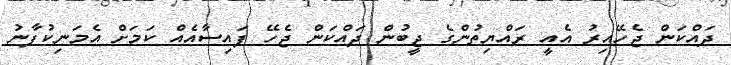
ދައްކަން ޖެހޭއިރު އެއީ ރައްޔިތުންގެ ޖީބުން ދައްކަން ޖެހޭ ފައިސާއެއް ކަމަށް އެމަނިކުފާނު